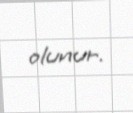
olunur.